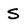
Character: S